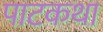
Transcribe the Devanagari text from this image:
पाटकथा